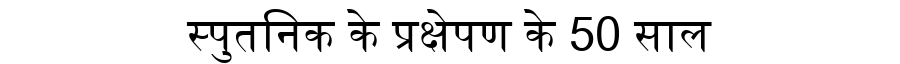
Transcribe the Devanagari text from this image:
स्पुतनिक के प्रक्षेपण के 50 साल